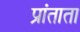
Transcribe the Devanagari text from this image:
प्रांताता